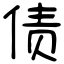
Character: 债